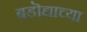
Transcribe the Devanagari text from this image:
बडॊद्याच्या